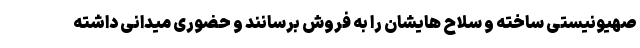
صهیونیستی ساخته و سلاح هایشان را به فروش برسانند و حضوری میدانی داشته